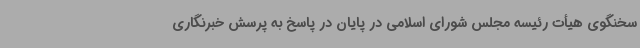
سخنگوی هیأت رئیسه مجلس شورای اسلامی در پایان در پاسخ به پرسش خبرنگاری